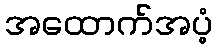
အထောက်အပံ့